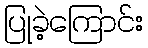
ပြုခဲ့ကြောင်း